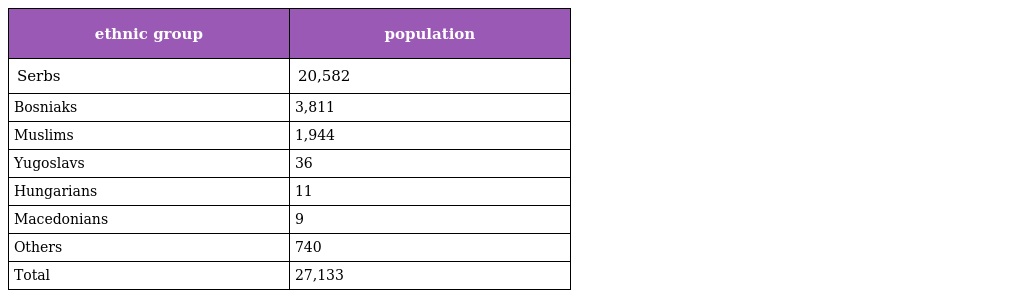
| ethnic group | population |
 | --- | --- |
 | Serbs | 20,582 |
 | Bosniaks | 3,811 |
 | Muslims | 1,944 |
 | Yugoslavs | 36 |
 | Hungarians | 11 |
 | Macedonians | 9 |
 | Others | 740 |
 | Total | 27,133 |